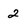
Character: 2